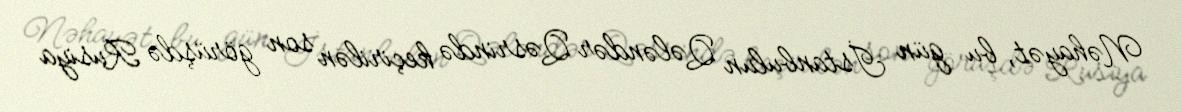
Nəhayət, bu gün İstanbulun Qələndər Qəsrində keçirilən son görüşdə Rusiya